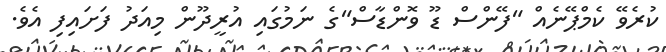
ކުރެވޭ ކެމްޕޭނެއް "ފޭންސް ޑޫ ވޮންޑާސް"ގެ ނަމުގައި އުރީދޫން މިއަދު ފަށައިފި އެވެ.